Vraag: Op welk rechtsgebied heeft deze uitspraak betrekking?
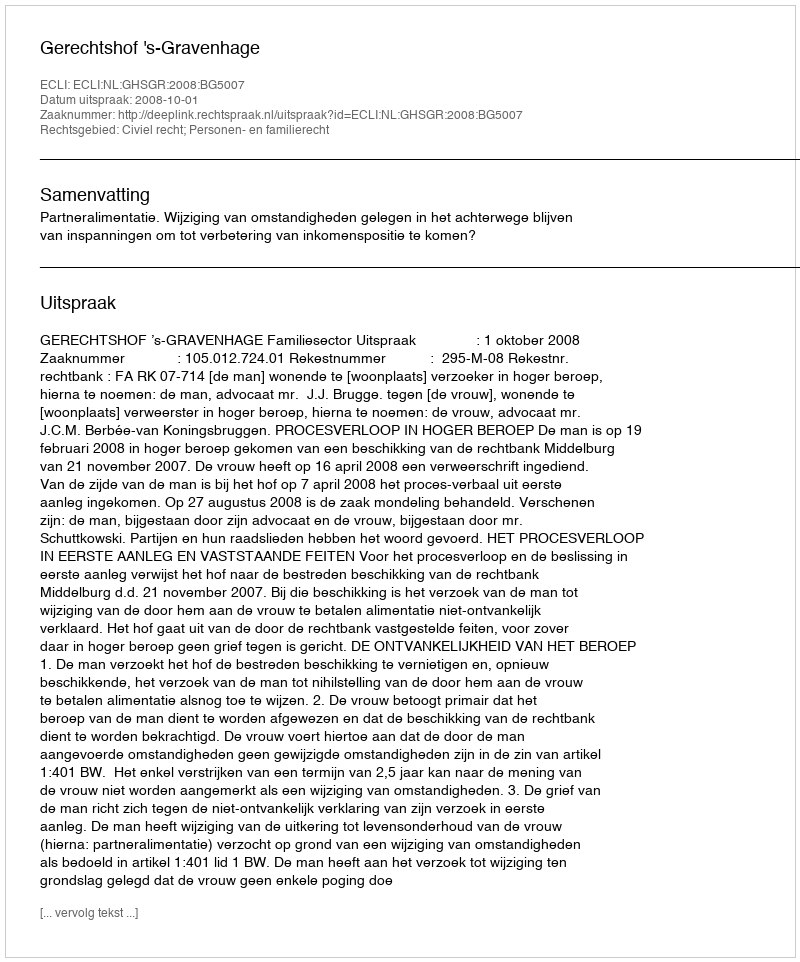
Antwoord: Civiel recht; Personen- en familierecht